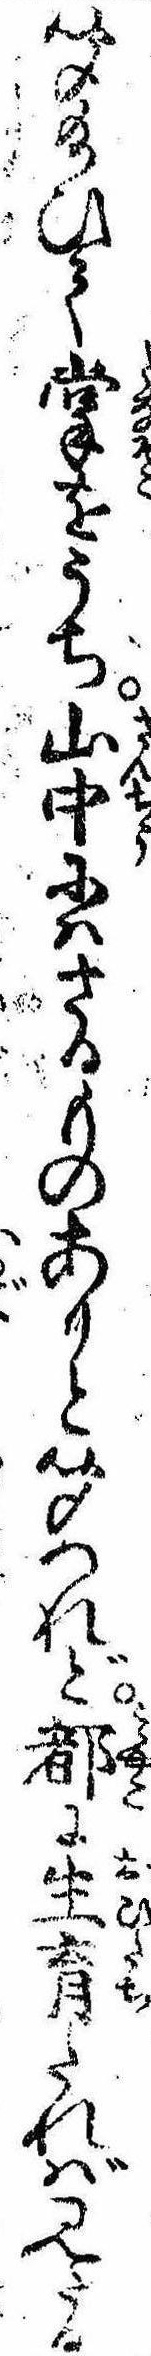
聞給ひて掌をうち山中にはさるものありと聞つれど都に生育たれば見たる